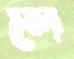
লে